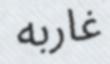
غاربه